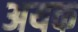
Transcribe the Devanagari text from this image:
अयक